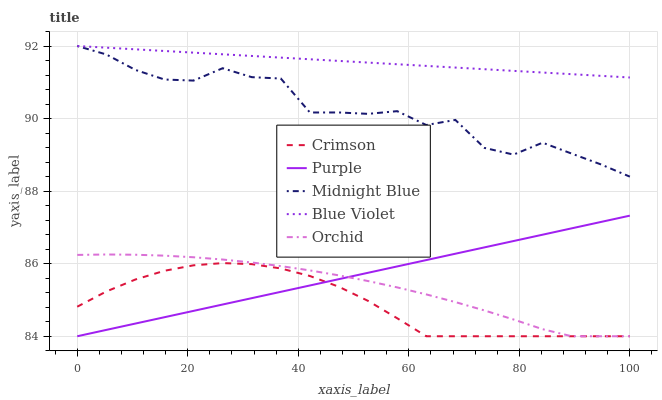
| xaxis_label | Crimson | Purple | Midnight Blue | Blue Violet | Orchid |
 | --- | --- | --- | --- | --- | --- |
 | 0 | 84.8 | 84 | 92 | 92 | 86.2 |
 | 5.26 | 85.2 | 84.2 | 91.8 | 92 | 86.3 |
 | 10.5 | 85.6 | 84.3 | 91.3 | 91.9 | 86.2 |
 | 15.8 | 85.8 | 84.5 | 91.1 | 91.9 | 86.2 |
 | 21.1 | 86 | 84.7 | 91 | 91.8 | 86.2 |
 | 26.3 | 86 | 84.9 | 91.4 | 91.8 | 86.1 |
 | 31.6 | 86 | 85 | 91.1 | 91.7 | 86 |
 | 36.8 | 85.9 | 85.2 | 91.1 | 91.7 | 85.9 |
 | 42.1 | 85.7 | 85.4 | 90.2 | 91.6 | 85.8 |
 | 47.4 | 85.4 | 85.6 | 90.2 | 91.6 | 85.7 |
 | 52.6 | 85 | 85.7 | 90.1 | 91.5 | 85.5 |
 | 57.9 | 84.5 | 85.9 | 90.2 | 91.5 | 85.3 |
 | 63.2 | 84 | 86.1 | 89.8 | 91.5 | 85.2 |
 | 68.4 | 84 | 86.3 | 90 | 91.4 | 84.9 |
 | 73.7 | 84 | 86.4 | 89.2 | 91.4 | 84.7 |
 | 78.9 | 84 | 86.6 | 89 | 91.3 | 84.5 |
 | 84.2 | 84 | 86.8 | 89.3 | 91.3 | 84.2 |
 | 89.5 | 84 | 87 | 89 | 91.2 | 84 |
 | 94.7 | 84 | 87.1 | 88.7 | 91.2 | 84 |
 | 100 | 84 | 87.3 | 88.4 | 91.1 | 84 |